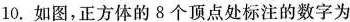
10.如图，正方体的8个顶点处标注的数字为